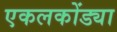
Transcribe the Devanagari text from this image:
एकलकोंड्या